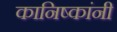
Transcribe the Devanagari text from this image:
कानिष्कांनी